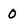
Character: 0